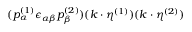
( p _ { \alpha } ^ { ( 1 ) } \epsilon _ { \alpha \beta } p _ { \beta } ^ { ( 2 ) } ) ( k \cdot \eta ^ { ( 1 ) } ) ( k \cdot \eta ^ { ( 2 ) } )